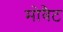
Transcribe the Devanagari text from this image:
मोवैट